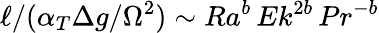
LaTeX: \ell/(\alpha_{T}\Delta g/\Omega^{2})\sim Ra^{b}\, Ek^{2b}\, Pr^{-b}